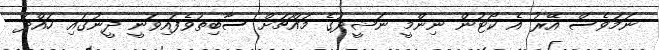
ނަމަވެސް އޭރު އެ ކޯޓުން ނިންމީ ނަޝީދުގެ މައްޗަށް ސާބިތުވެފައިވަނީ ދީނުގައި ހައްދު